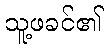
သူ့ဖခင်၏